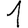
Digit: 1